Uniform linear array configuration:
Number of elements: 8
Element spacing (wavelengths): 0.5
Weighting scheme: hamming
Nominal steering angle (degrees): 15
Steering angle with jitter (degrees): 15.646
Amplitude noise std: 0.05
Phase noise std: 0.05

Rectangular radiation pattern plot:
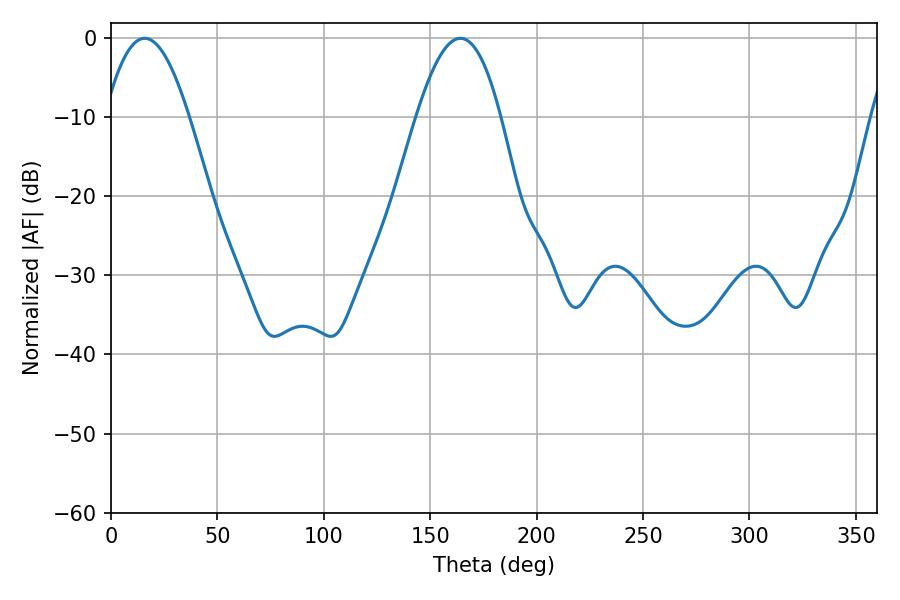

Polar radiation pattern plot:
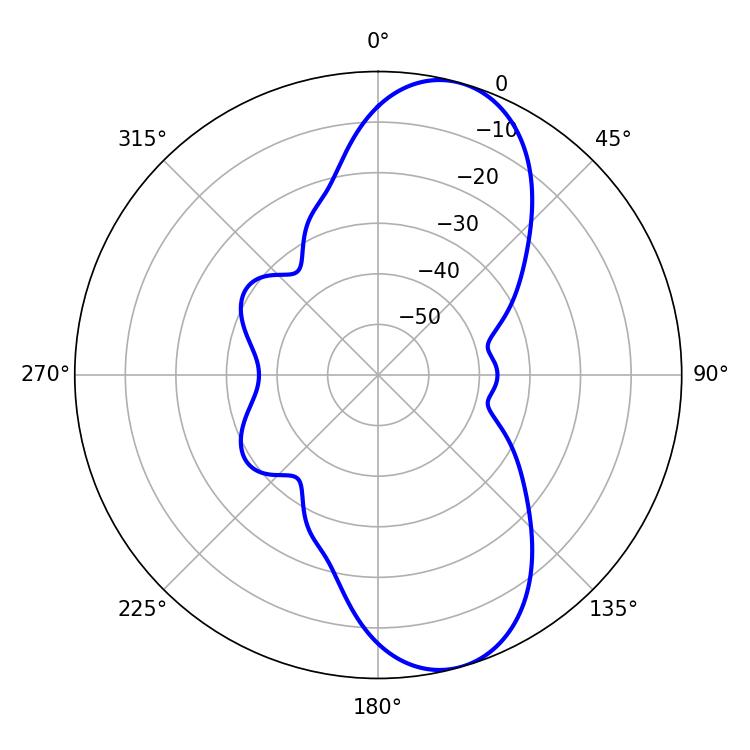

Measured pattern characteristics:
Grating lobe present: FALSE
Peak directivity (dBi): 9.444
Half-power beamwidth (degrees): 21.42
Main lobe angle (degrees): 15.84